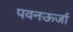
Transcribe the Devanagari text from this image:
पवनऊर्जा